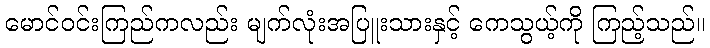
မောင်ဝင်းကြည်ကလည်း မျက်လုံးအပြူးသားနှင့် ကေသွယ့်ကို ကြည့်သည်။